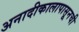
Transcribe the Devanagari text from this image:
अनादीकालापासूनची